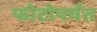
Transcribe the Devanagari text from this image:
फोटोपर्यंत